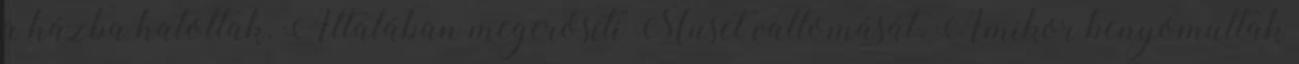
a házba hatoltak. Általában megerősíti Muset vallomását. Amikor benyomultak